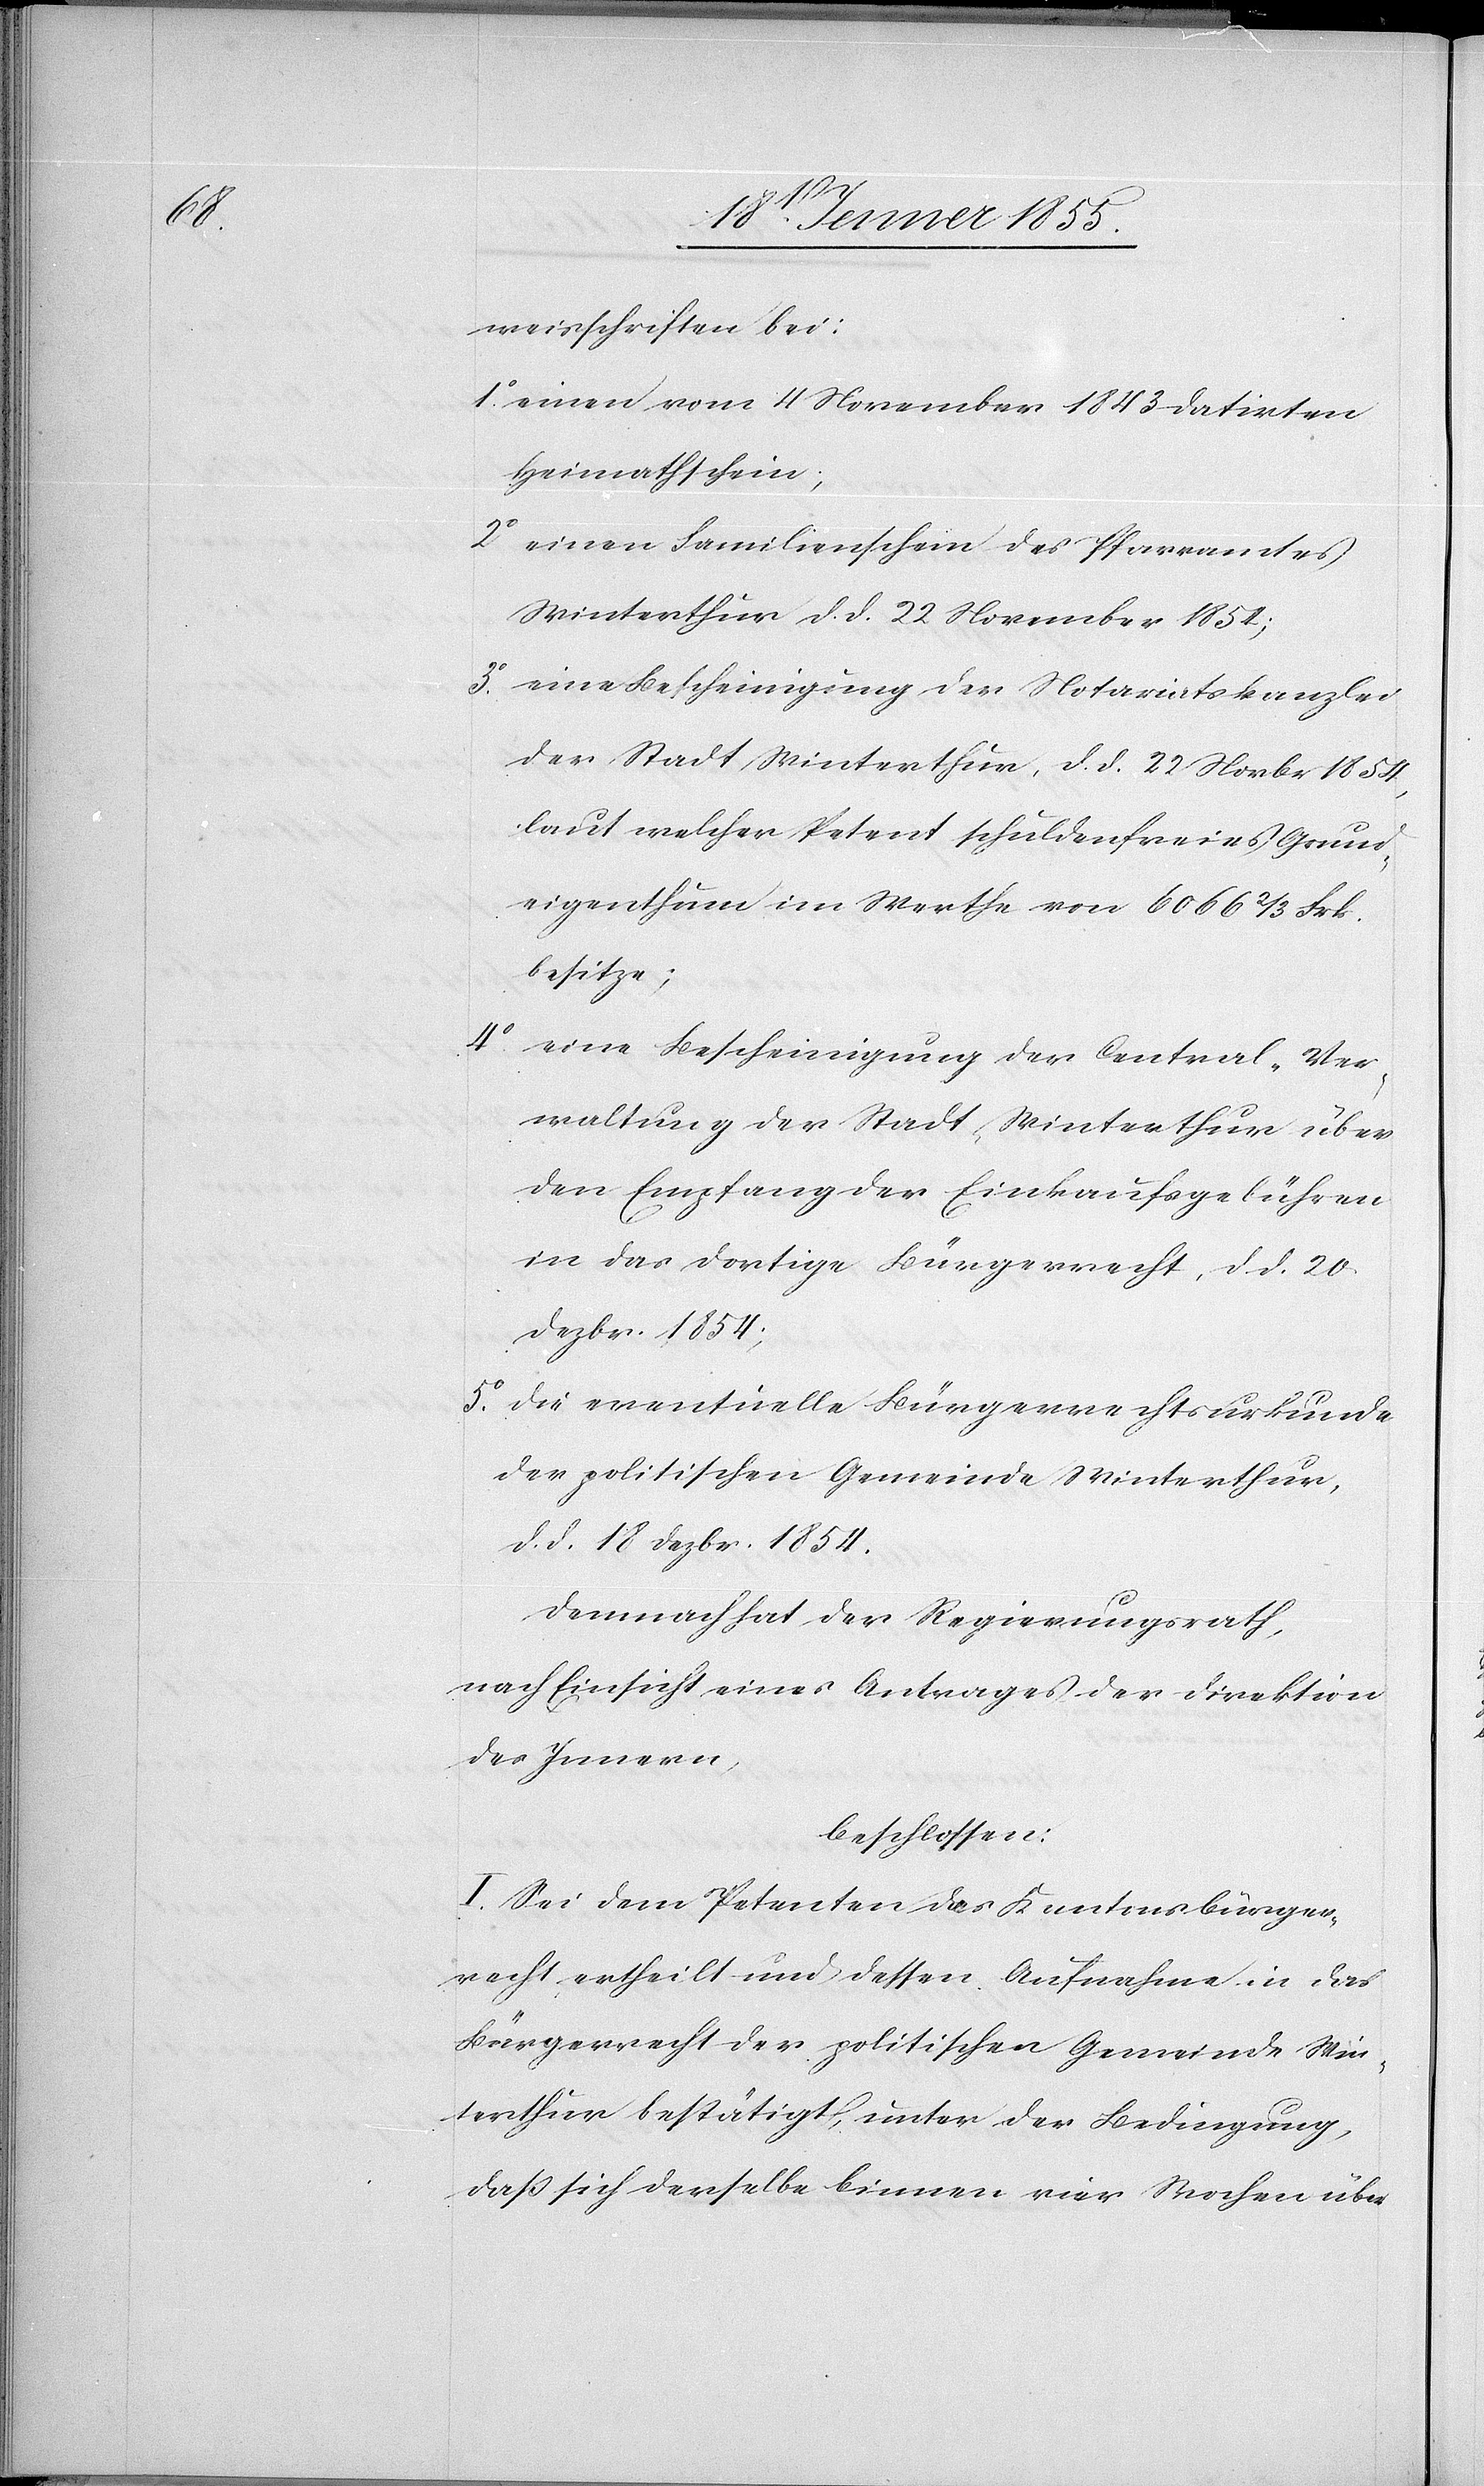
weisschriften bei:
einen vom 4 November 1843 datirten
Heimathschein;
einen Familienschein des Pfarramtes
Winterthur d. d. 22 November 185[?4];
eine Bescheinigung der Notariatskanzlei
der Stadt Winterthur, d. d. 22 Novbr 1854,
laut welcher Petent schuldenfreies Grund¬
eigenthum im Werthe von 6066 2/3 Frk.
besitze;
eine Bescheinigung der Central-Ver¬
waltung der Stadt Winterthur über
den Empfang der Einkaufsgebühren
in das dortige Bürgerrecht, d. d. 20
Dezbr. 1854;
die eventuelle Bürgerrechtsurkunde
der politischen Gemeinde Winterthur,
d. d. 18 Dezbr. 1854.
Demnach hat der Regierungsrath,
nach Einsicht eines Antrages der Direktion
des Innern,
beschlossen:
I. Sei dem Petenten das Kantonsbürger¬
recht ertheilt und dessen Aufnahme in das
Bürgerrecht der politischen Gemeinde Win¬
terthur bestätigt, unter der Bedingung,
daß sich derselbe binnen vier Wochen über